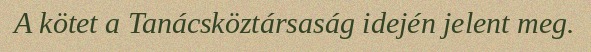
A kötet a Tanácsköztársaság idején jelent meg.